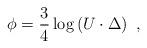
LaTeX: \begin{align*}\phi = \frac{3}{4}\log\left(U\cdot\Delta\right)~,\end{align*}